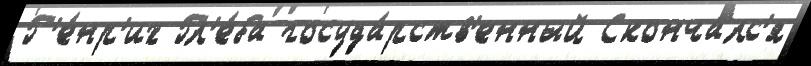
Г'е́нр'их Гл'е́ба госуда́рств'енный Сконча́лс'я